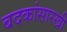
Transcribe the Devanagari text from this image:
बदकांसारखी